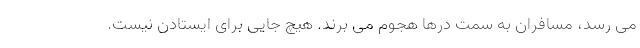
می رسد، مسافران به سمت درها هجوم می برند. هیچ جایی برای ایستادن نیست.